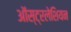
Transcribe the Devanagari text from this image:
ऑस्ट्रलेशियन